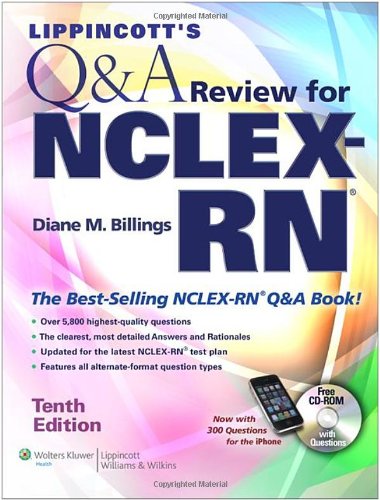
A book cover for Lippincott's  Q&A Review for  NCLEX-RNÂ® (Lippincott's Q&A Review for NCLEX-RN (W/CD)); Diane M. Billings EdD  RN  FAAN; Medical Books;